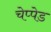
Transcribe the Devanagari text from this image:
चेप्पेड